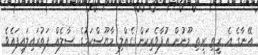
އޭނާގެ އެ ރީތި ރީތި މޫނުން އުފާވެރިކަން ގެއްލި މާޔޫސްކަމުގެ ސާލެއް ފަތުރައިލައިފައެވެ.